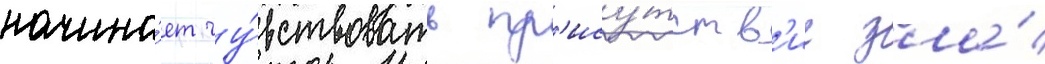
начина́ет чу́вствовать пр'ису́тств'ие зла́